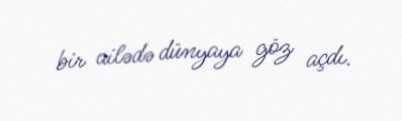
bir ailədə dünyaya göz açdı.